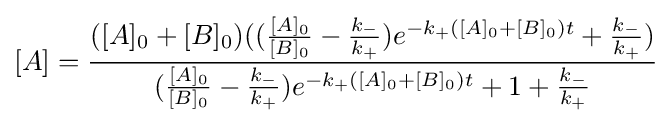
[A]={\frac {([A]_{0}+[B]_{0})(({\frac {[A]_{0}}{[B]_{0}}}-{\frac {k_{-}}{k_{+}}})e^{-k_{+}([A]_{0}+[B]_{0})t}+{\frac {k_{-}}{k_{+}}})}{({\frac {[A]_{0}}{[B]_{0}}}-{\frac {k_{-}}{k_{+}}})e^{-k_{+}([A]_{0}+[B]_{0})t}+1+{\frac {k_{-}}{k_{+}}}}}